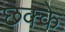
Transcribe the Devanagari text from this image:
छक्‍के